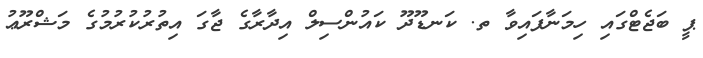
ޕީ ބަޖެޓްގައި ހިމަނާފައިވާ ތ. ކަނޑޫދޫ ކައުންސިލް އިދާރާގެ ޖާގަ އިތުރުކުރުމުގެ މަޝްރޫޢު